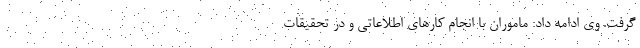
گرفت. وی ادامه داد: ماموران با انجام کارهای اطلاعاتی و در تحقیقات